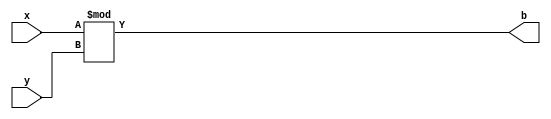
module DIV2(x,y,b);
parameter w=16;
input wire[w-1:0]x,y;
output wire[w-1:0]b;

assign b=x%y;
endmodule